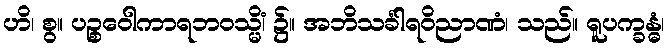
ဟိ၊ စွ။ ပဉ္စဝေါကာရဘဝသ္မိံ၊ ၌။ အဘိသင်္ခါရဝိညာဏံ၊ သည်။ ရူပက္ခန္ဓံ၊